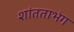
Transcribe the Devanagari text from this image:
शांतताभंग